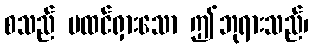
စသည် မထင်ရှားသော ဤဘုရားသည်၊